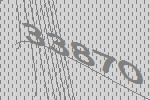
33870